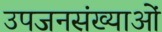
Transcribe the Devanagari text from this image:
उपजनसंख्याओं